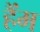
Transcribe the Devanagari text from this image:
हैंम